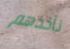
نأخذهم